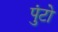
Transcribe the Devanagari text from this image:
पुंटो